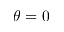
\theta = 0